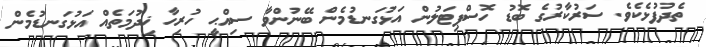
ތެދުފުޅެކެވެ. ސަރުކާރުގެ ބޮޑު ހޮސްޕިޓަލުން އަޅުގަނޑުމެން ބޭނުންވާ ސިއްޙީ ހުރިހާ ޚިދުމަތެއް އަޅުގަނޑުމެން